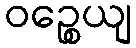
ဝဉ္စေယျ